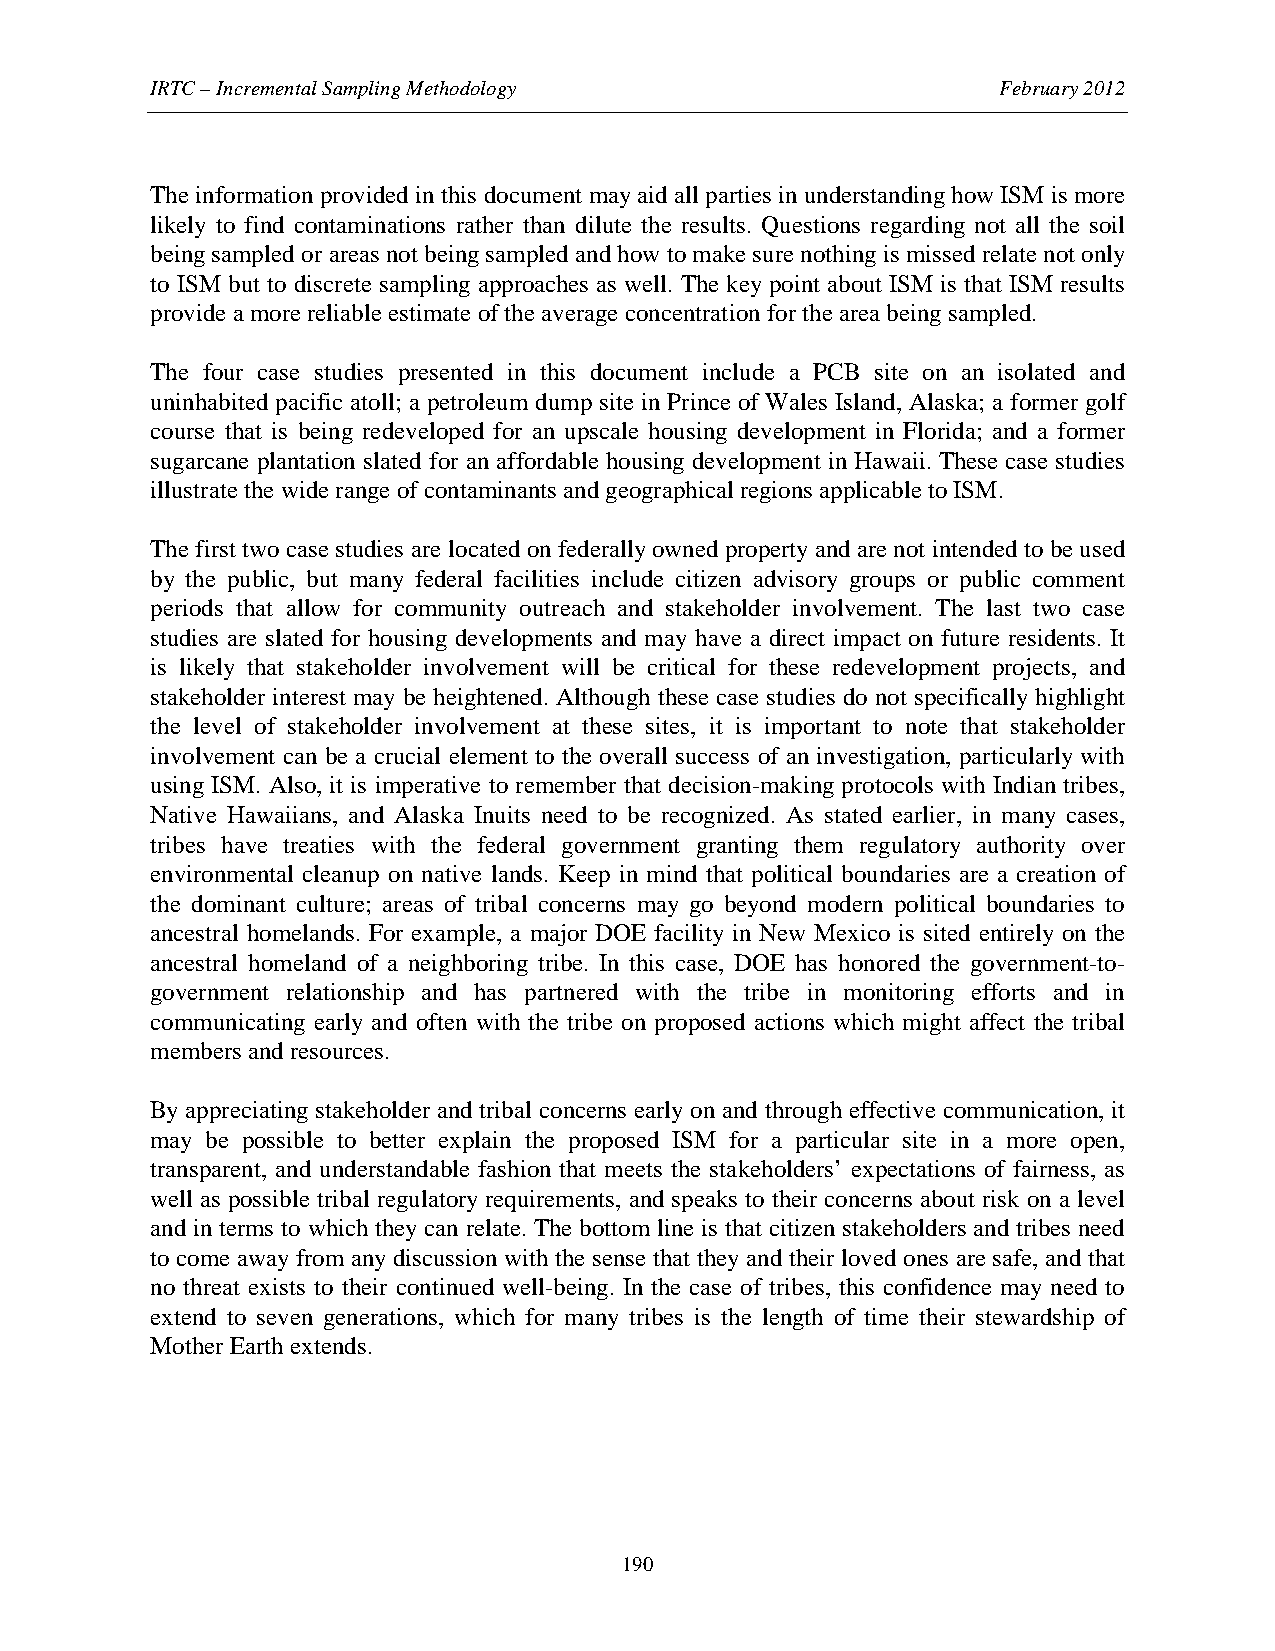
IRTC – Incremental Sampling Methodology                 February 2012
 The information provided in this document may aid all parties in understanding how ISM is more
 likely to find contaminations rather than dilute the results. Questions regarding not all the soil
 being sampled or areas not being sampled and how to make sure nothing is missed relate not only
 to ISM but to discrete sampling approaches as well. The key point about ISM is that ISM results
 provide a more reliable estimate of the average concentration for the area being sampled.
 The four case studies presented in this document include a PCB site on an isolated and
 uninhabited pacific atoll; a petroleum dump site in Prince of Wales Island, Alaska; a former golf
 course that is being redeveloped for an upscale housing development in Florida; and a former
 sugarcane plantation slated for an affordable housing development in Hawaii. These case studies
 illustrate the wide range of contaminants and geographical regions applicable to ISM.
 The first two case studies are located on federally owned property and are not intended to be used
 by the public, but many federal facilities include citizen advisory groups or public comment
 periods that allow for community outreach and stakeholder involvement. The last two case
 studies are slated for housing developments and may have a direct impact on future residents. It
 is likely that stakeholder involvement will be critical for these redevelopment projects, and
 stakeholder interest may be heightened. Although these case studies do not specifically highlight
 the level of stakeholder involvement at these sites, it is important to note that stakeholder
 involvement can be a crucial element to the overall success of an investigation, particularly with
 using ISM. Also, it is imperative to remember that decision-making protocols with Indian tribes,
 Native Hawaiians, and Alaska Inuits need to be recognized. As stated earlier, in many cases,
 tribes have treaties with the federal government granting them regulatory authority over
 environmental cleanup on native lands. Keep in mind that political boundaries are a creation of
 the dominant culture; areas of tribal concerns may go beyond modern political boundaries to
 ancestral homelands. For example, a major DOE facility in New Mexico is sited entirely on the
 ancestral homeland of a neighboring tribe. In this case, DOE has honored the government-to-
 government relationship and has partnered with the tribe in monitoring efforts and in
 communicating early and often with the tribe on proposed actions which might affect the tribal
 members and resources.
 By appreciating stakeholder and tribal concerns early on and through effective communication, it
 may be possible to better explain the proposed ISM for a particular site in a more open,
 transparent, and understandable fashion that meets the stakeholders’ expectations of fairness, as
 well as possible tribal regulatory requirements, and speaks to their concerns about risk on a level
 and in terms to which they can relate. The bottom line is that citizen stakeholders and tribes need
 to come away from any discussion with the sense that they and their loved ones are safe, and that
 no threat exists to their continued well-being. In the case of tribes, this confidence may need to
 extend to seven generations, which for many tribes is the length of time their stewardship of
 Mother Earth extends.
 190